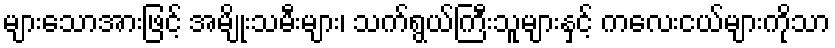
များသောအားဖြင့် အမျိုးသမီးများ၊ သက်ရွယ်ကြီးသူများနှင့် ကလေးငယ်များကိုသာ